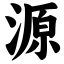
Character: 源